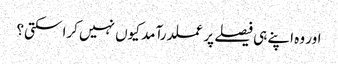
اور وہ اپنے ہی فیصلے پر عملدرآمد کیوں نہیں کرا سکتی؟